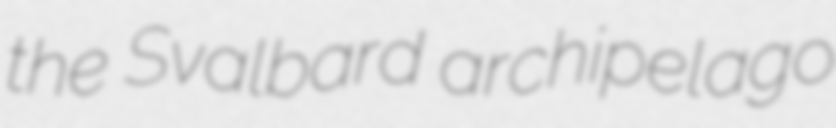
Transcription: the Svalbard archipelago